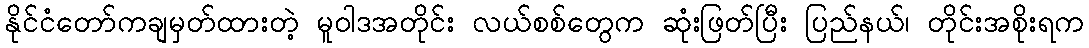
နိုင်ငံတော်ကချမှတ်ထားတဲ့ မူဝါဒအတိုင်း လယ်စစ်တွေက ဆုံးဖြတ်ပြီး ပြည်နယ်၊ တိုင်းအစိုးရက